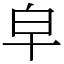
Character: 皁